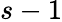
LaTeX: s-1